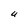
Character: U